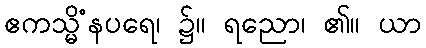
ဧကသ္မိံနပရေ၊ ၌။ ရညော၊ ၏။ ယာ